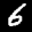
Label: 6